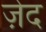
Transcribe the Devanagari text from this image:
ज़ेद